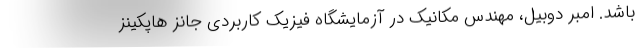
باشد. امبر دوبیل، مهندس مکانیک در آزمایشگاه فیزیک کاربردی جانز هاپکینز